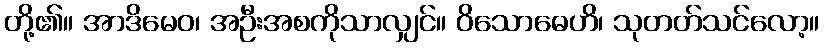
တို့၏။ အာဒိမေဝ၊ အဦးအစကိုသာလျှင်။ ဝိသောဓေဟိ၊ သုတတ်သင်လော့။